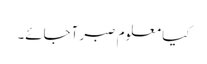
کیا معلوم صبر آجائے۔